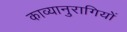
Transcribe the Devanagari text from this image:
काव्यानुरागियों